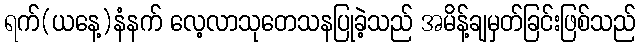
ရက်(ယနေ့)နံနက် လေ့လာသုတေသနပြုခဲ့သည် အမိန့်ချမှတ်ခြင်းဖြစ်သည်